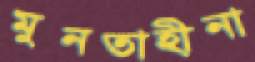
মুনতাহীনা